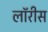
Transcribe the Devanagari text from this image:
लॉरीस